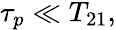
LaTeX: \begin{array}{r}{\tau_{p}\ll T_{21},}\end{array}